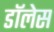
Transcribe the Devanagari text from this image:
डॉलेस